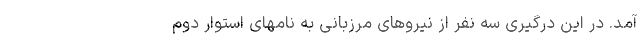
آمد. در این درگیری سه نفر از نیروهای مرزبانی به نامهای استوار دوم